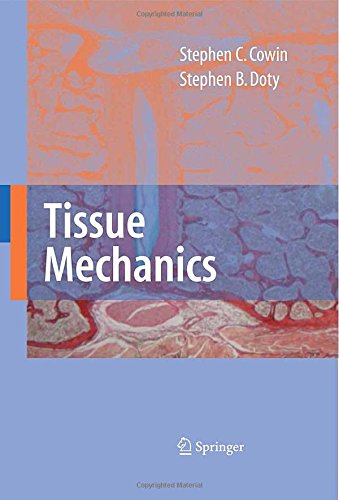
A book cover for Tissue Mechanics; Stephen C. Cowin; Medical Books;